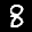
Label: 8